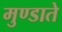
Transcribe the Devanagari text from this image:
मुण्डाते